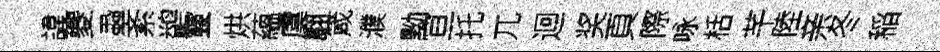
諱夔蝨紊鹢靈烘蘊虞翿箴濮黝亘托兀迴奖頁際咏栝芊陸亲冬稲